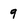
Character: 9